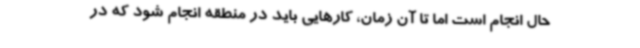
حال انجام است اما تا آن زمان، کارهایی باید در منطقه انجام شود که در